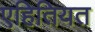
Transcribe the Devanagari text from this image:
एहितियत